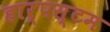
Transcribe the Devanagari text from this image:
हार्पस्टम